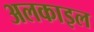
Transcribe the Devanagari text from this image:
अलकाइल